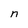
Character: n